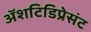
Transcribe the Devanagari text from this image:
अॅशटिडिप्रेसंट